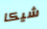
شيكا